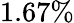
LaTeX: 1.67\%